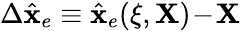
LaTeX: \Delta\hat{\mathbf x}_{e}\equiv\hat{\mathbf x}_{e}(\xi,{\mathbf X})\! -\! {\mathbf X}